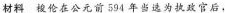
材料梭伦在公元前594年当选为执政官后，